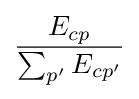
{\frac {E_{cp}}{\sum _{p'}E_{cp'}}}